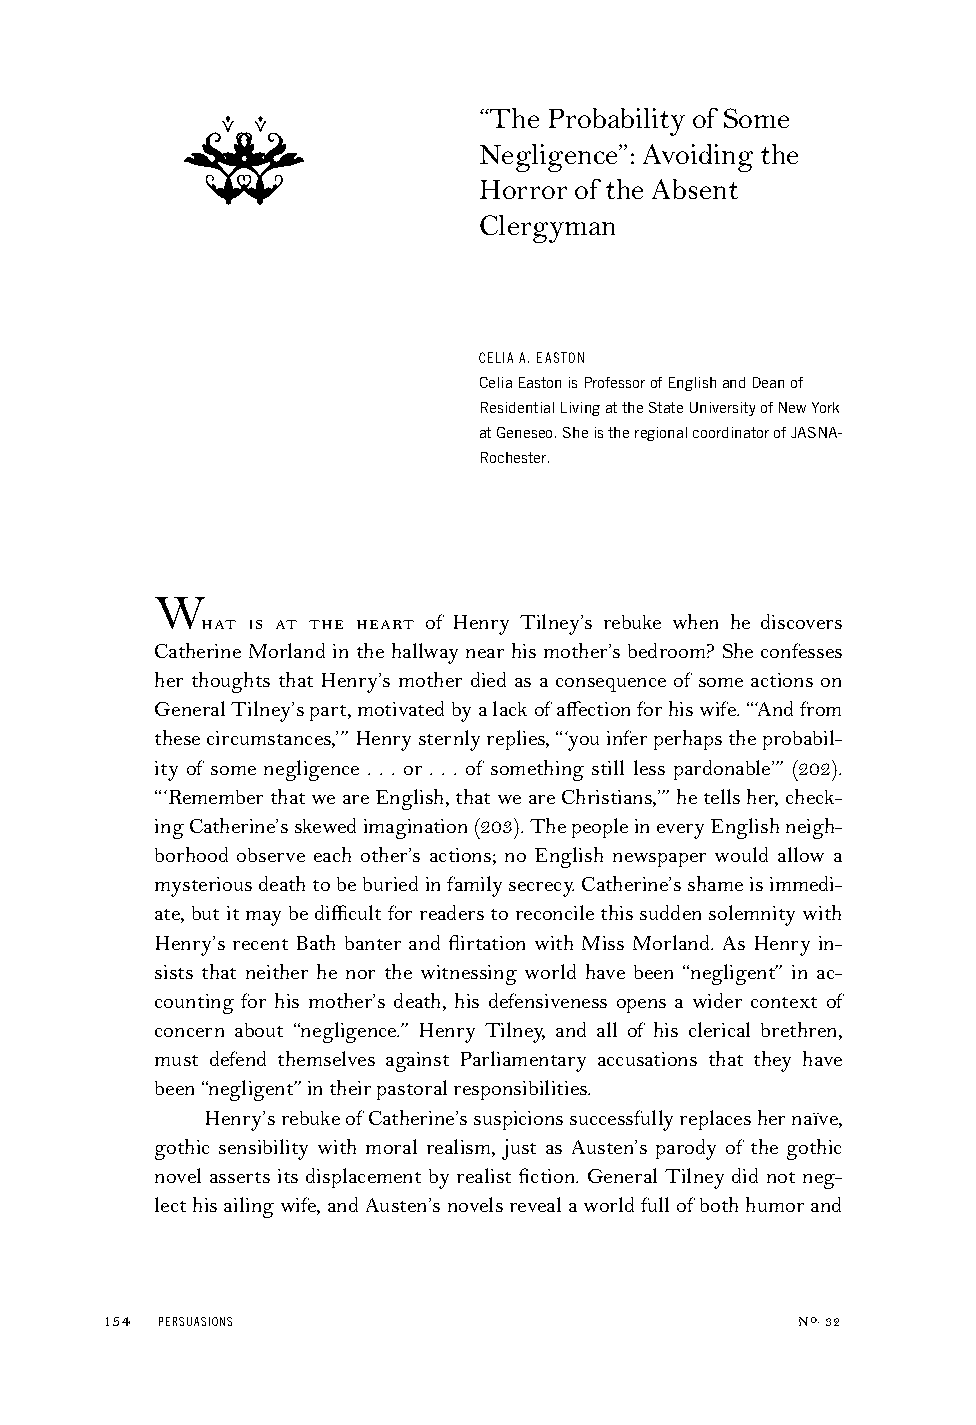
“The Probability of Some
 Negligence”: Avoiding the
 y
 Horror of the Absent
 Clergyman
 CELIAA.EASTON
 CeliaEastonisProfessorofEnglishandDeanof
 ResidentialLivingattheStateUniversityofNewYork
 atGeneseo.SheistheregionalcoordinatorofJASNA-
 Rochester.
 W
      of Henry Tilney’s rebuke when he discovers
 Catherine Morland in the hallway near his mother’s bedroom? She confesses
 her thoughts that Henry’s mother died as a consequence of some actions on
 GeneralTilney’spart,motivatedbyalackofaffectionforhiswife.“‘Andfrom
 thesecircumstances,’”Henrysternlyreplies,“‘youinferperhapstheprobabil-
 ity of some negligence . . . or . . . of something still less pardonable’” (202).
 “‘RememberthatweareEnglish,thatweareChristians,’”hetellsher,check-
 ingCatherine’sskewedimagination(203).ThepeopleineveryEnglishneigh-
 borhood observe each other’s actions; no English newspaper would allow a
 mysteriousdeathtobeburiedinfamilysecrecy.Catherine’sshameisimmedi-
 ate,butitmaybedifficultforreaderstoreconcilethissuddensolemnitywith
 Henry’s recent Bath banter and flirtation with Miss Morland. As Henry in-
 sists that neither he nor the witnessing world have been “negligent” in ac-
 counting for his mother’s death, his defensiveness opens a wider context of
 concern about “negligence.” Henry Tilney, and all of his clerical brethren,
 must defend themselves against Parliamentary accusations that they have
 been“negligent”intheirpastoralresponsibilities.
 Henry’srebukeofCatherine’ssuspicionssuccessfullyreplaceshernaïve,
 gothic sensibility with moral realism, just as Austen’s parody of the gothic
 novel asserts its displacement by realist fiction. General Tilney did not neg-
 lecthisailingwife,andAusten’snovelsrevealaworldfullofbothhumorand
 154 PERSUASIONS                               No.32
 y